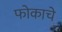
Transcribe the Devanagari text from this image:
फोकाचे